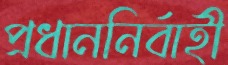
প্রধাননির্বাহী